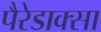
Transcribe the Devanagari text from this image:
पैरेडाक्सा